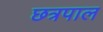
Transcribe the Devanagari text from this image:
छत्रपाल